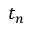
t _ { n }